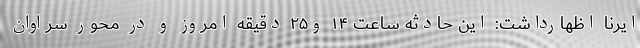
ایرنا اظهارداشت: این حادثه ساعت ۱۴ و۲۵ دقیقه امروز و در محور سراوان